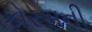
કોરસની